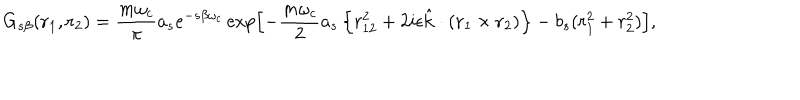
G _ { s \beta } ( \mathrm { \bf r } _ { 1 } , \mathrm { \bf r } _ { 2 } ) = { \frac { m \omega _ { c } } { \pi } } a _ { s } e ^ { - s \beta \omega _ { c } } \exp \left[ - { \frac { m \omega _ { c } } { 2 } } a _ { s } \left\{ r _ { 1 2 } ^ { 2 } + 2 i \epsilon \hat { \mathrm { \bf k } } \cdot ( \mathrm { \bf r } _ { 1 } \times \mathrm { \bf r } _ { 2 } ) \right\} - b _ { s } ( r _ { 1 } ^ { 2 } + r _ { 2 } ^ { 2 } ) \right] ,